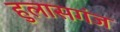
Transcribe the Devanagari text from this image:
हुलासगंज